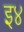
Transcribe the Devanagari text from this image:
इ४